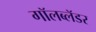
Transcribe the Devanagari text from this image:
गॉलब्लॅडर